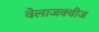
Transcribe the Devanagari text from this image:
वेलाजक्वीज